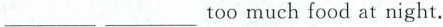
___ ___too much food at night.